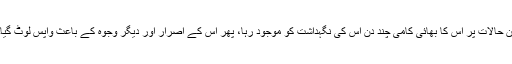
ان حالات پر اس کا بھائی کامی چند دن اس کی نگہداشت کو موجود رہا، پھر اس کے اصرار اور دیگر وجوہ کے باعث واپس لوٹ گیا۔